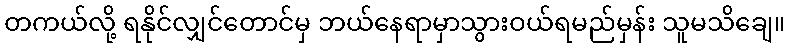
တကယ်လို့ ရနိုင်လျှင်တောင်မှ ဘယ်နေရာမှာသွားဝယ်ရမည်မှန်း သူမသိချေ။